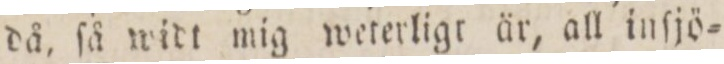
då, ſå widt mig weterligt är, all inſjö=